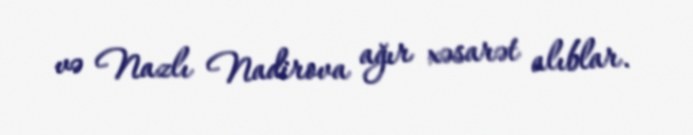
və Nazlı Nadirova ağır xəsarət alıblar.